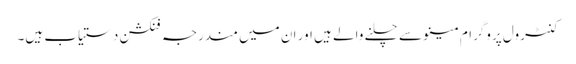
کنٹرول پروگرام مینو سے چلنے والے ہیں اور ان میں مندرجہ فنکشن دستیاب ہیں۔